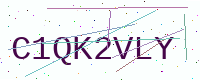
Text: C1QK2VLY